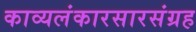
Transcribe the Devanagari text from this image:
काव्यलंकारसारसंग्रह